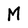
Character: M